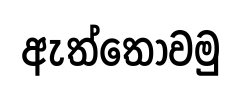
ඇත්තෝවමු